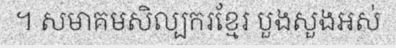
។ សមាគមសិល្បករខ្មែរ បួងសួងអស់